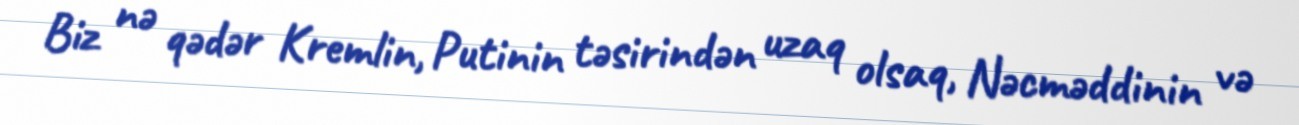
Biz nə qədər Kremlin, Putinin təsirindən uzaq olsaq, Nəcməddinin və